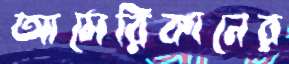
আমেরিকানের